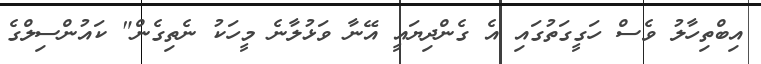
އިބްތިހާލު ވެސް ހަގީގަތުގައި އެ ގެންދިޔައީ އޭނާ ވަޅުލާނެ މީހަކު ނެތިގެން" ކައުންސިލްގެ